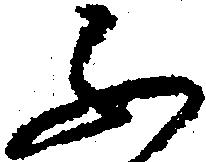
ふ